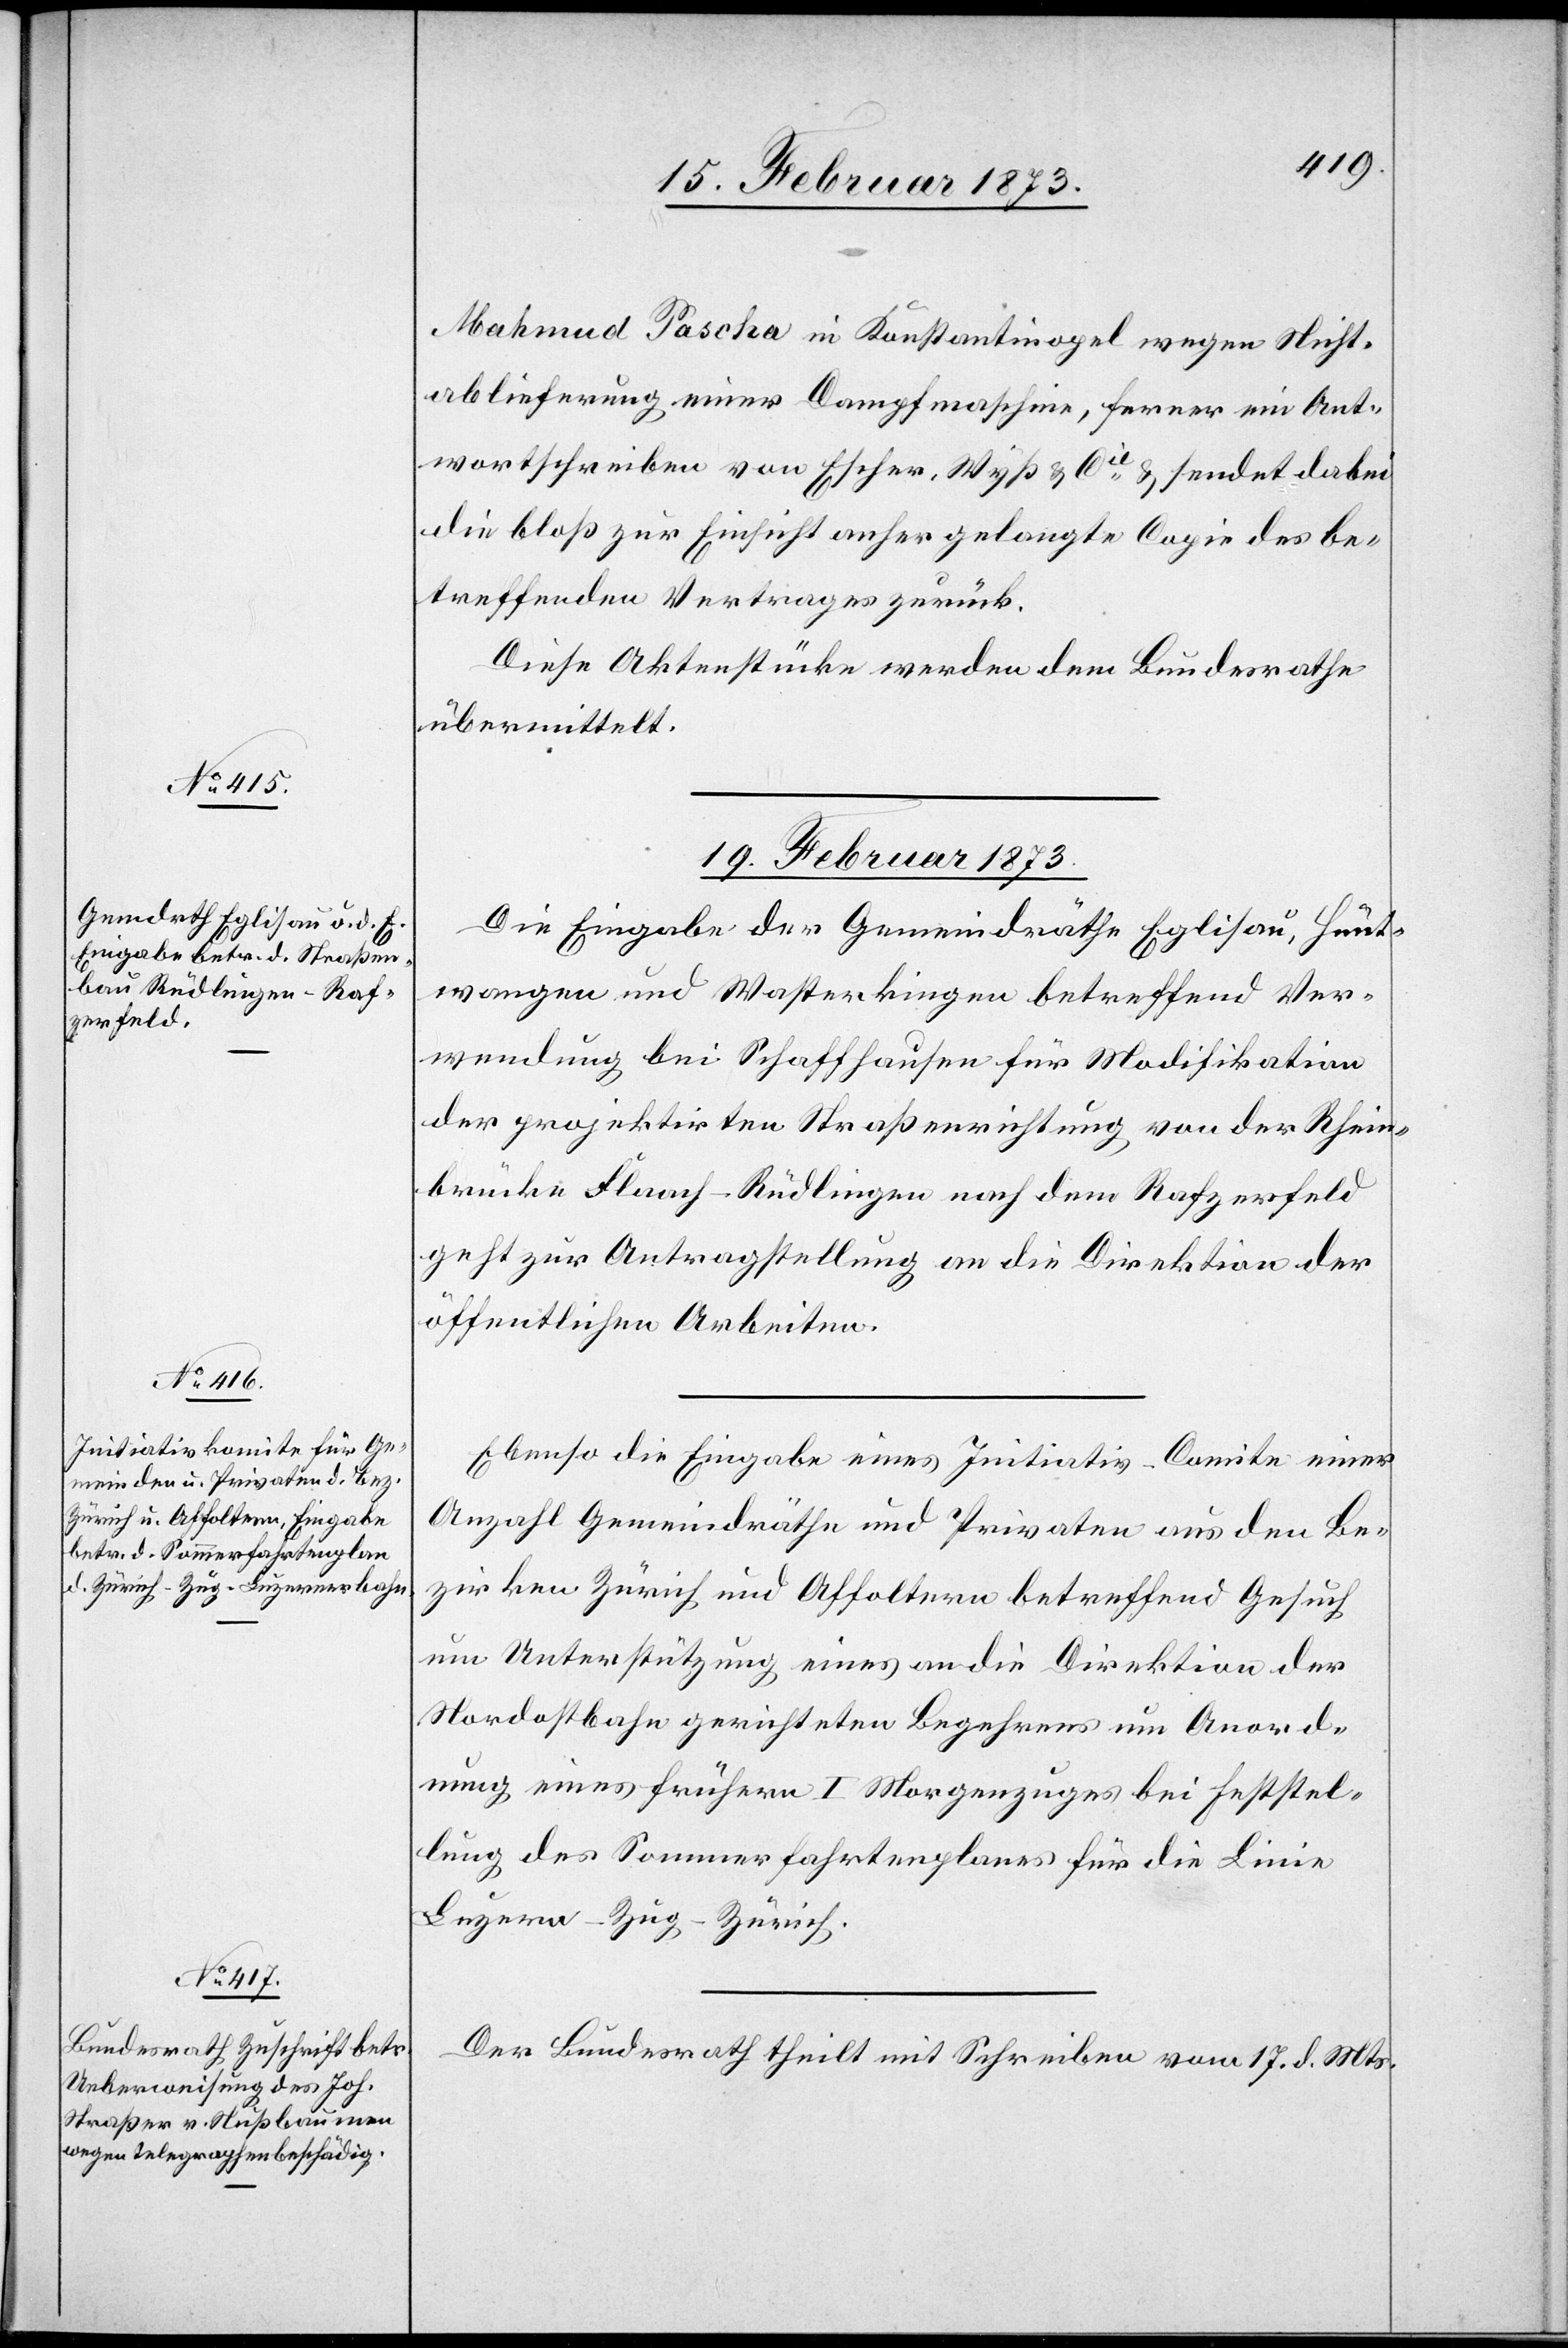
Mahmud Pascha in Konstantinopel wegen Nicht¬
ablieferung einer Dampfmaschine, ferner ein Ant¬
wortschreiben von Escher, Wyß u. Cie u. sendet dabei
die bloß zur Einsicht anher gelangte Copie des be¬
treffenden Vertrages zurück.
Diese Aktenstücke werden dem Bundesrathe
übermittelt.
19. Februar 1873.]
Die Eingabe der Gemeindräthe Eglisau, Hünt¬
wangen und Wasterkingen betreffend Ver¬
wendung bei Schaffhausen für Modifikation
der projektirten Straßenrichtung von der Rhein¬
brücke Flaach–Rüdlingen nach dem Rafzerfeld
geht zur Antragstellung an die Direktion der
öffentlichen Arbeiten.
Ebenso die Eingabe eines Initiativ-Comite einer
Anzahl Gemeindräthe und Privaten aus den Be¬
zirken Zürich und Affoltern betreffend Gesuch
um Unterstützung eines an die Direktion der
Nordostbahn gerichteten Begehrens um Anord¬
nung eines frühern I Morgenzuges bei Feststel¬
lung des Sommerfahrtenplanes für die Linie
Luzern–Zug–Zürich.
Der Bundesrath theilt mit Schreiben vom 17. d. Mts.